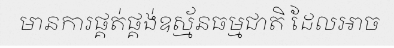
មានការផ្គត់ផ្គង់ឧស្ម័នធម្មជាតិ ដែលអាច